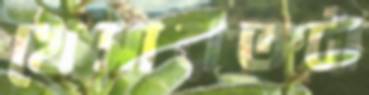
খেসারতটা